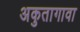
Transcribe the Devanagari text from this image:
अकुतागावा